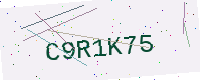
Text: C9R1K75